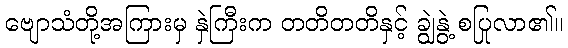
ဗျောသံတို့အကြားမှ နှဲကြီးက တတိတတိနှင့် ချွဲနွဲ့ စပြုလာ၏။